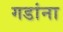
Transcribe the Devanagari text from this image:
गडांना